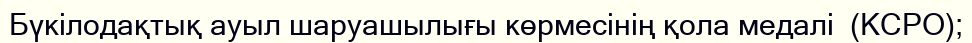
Бүкілодақтық ауыл шаруашылығы көрмесінің қола медалі  (КСРО);